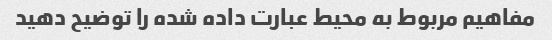
مفاهیم مربوط به محیط عبارت داده شده را توضیح دهید